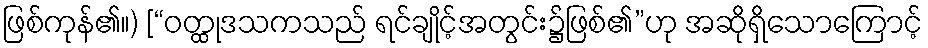
ဖြစ်ကုန်၏။) [“ဝတ္ထုဒသကသည် ရင်ချိုင့်အတွင်း၌ဖြစ်၏”ဟု အဆိုရှိသောကြောင့်